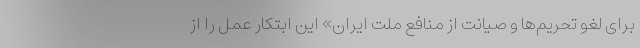
برای لغو تحریم‌ها و صیانت از منافع ملت ایران» این ابتکار عمل را از